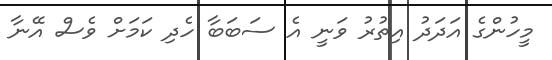
މީހުންގެ އަދަދު އިތުރު ވަނީ އެ ސަބަބާ ހެދި ކަމަށް ވެސް އޭނާ